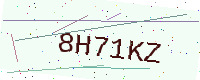
Text: 8H71KZ